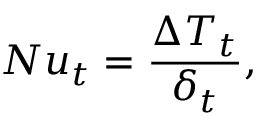
N u _ { t } = \frac { \Delta T _ { t } } { \delta _ { t } } ,